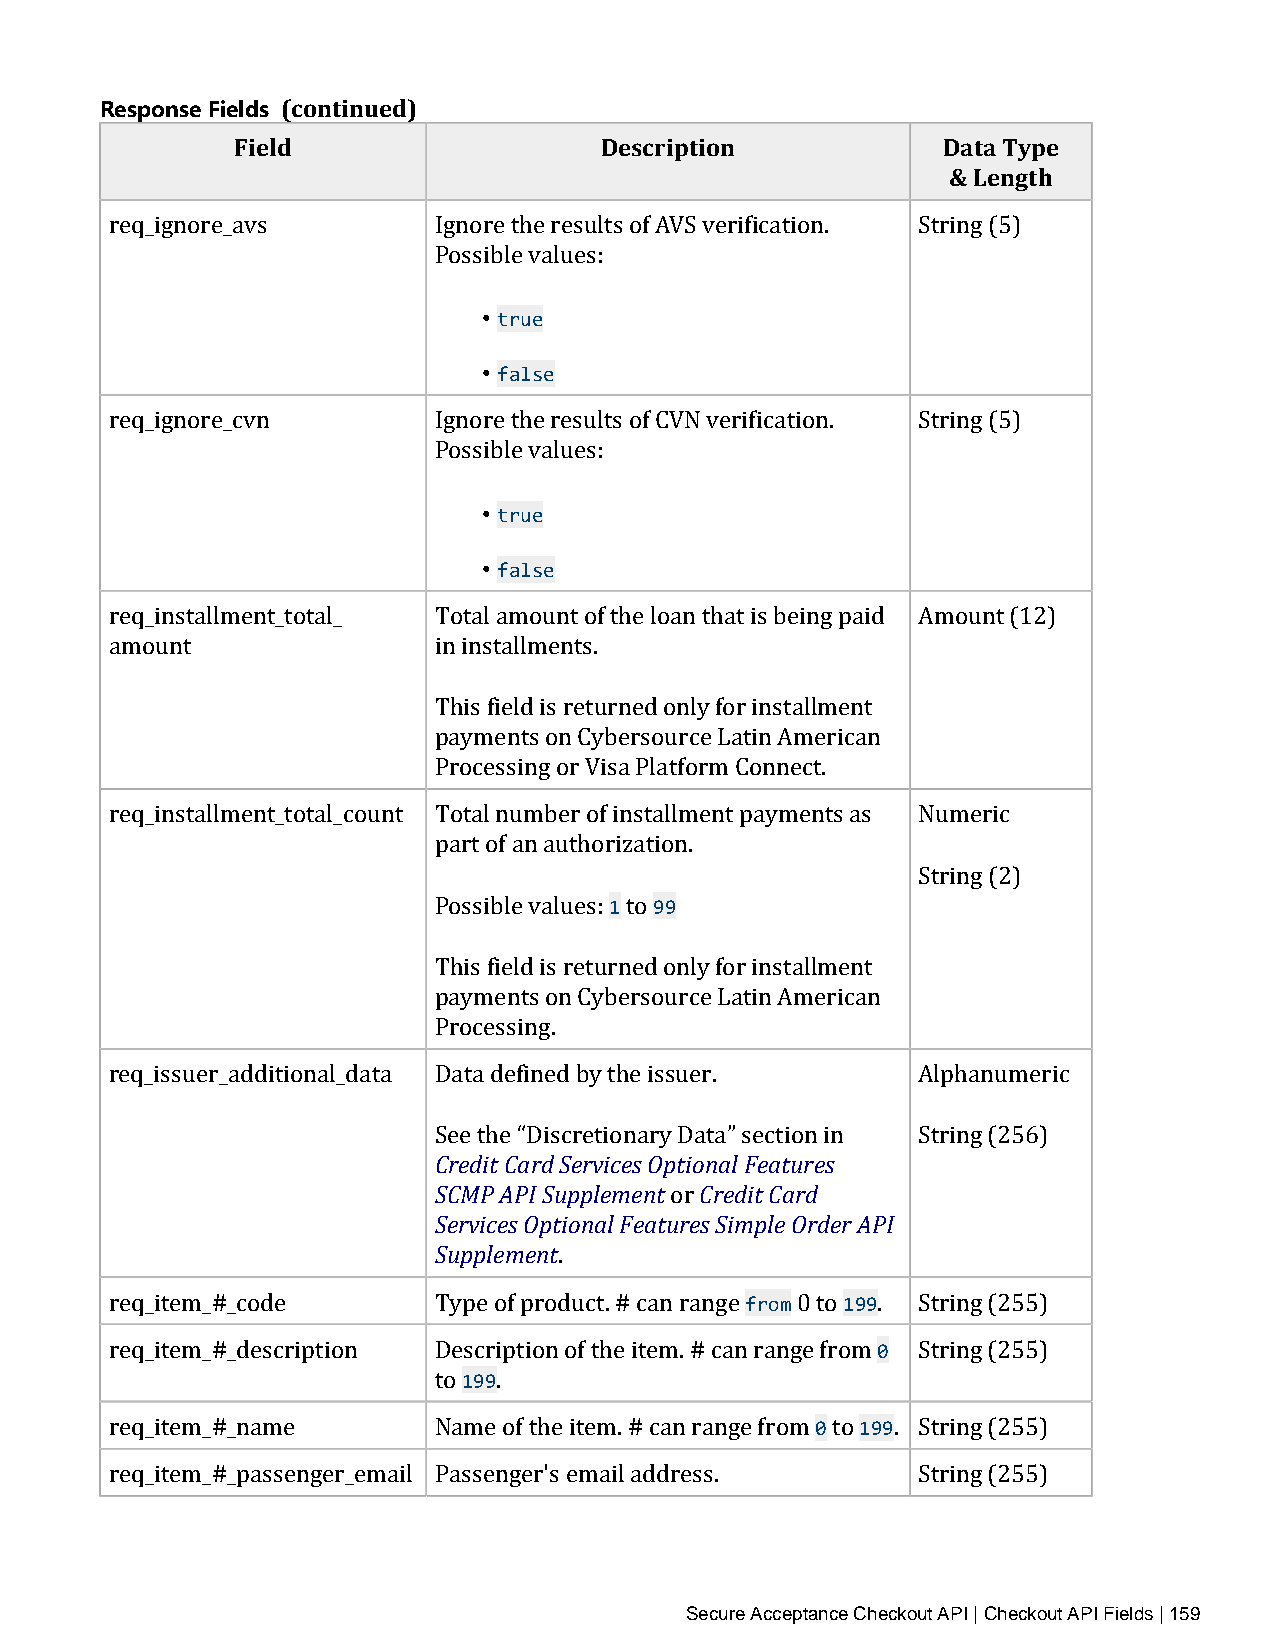
Response Fields (continued)
 Field                   Description           Data Type
 & Length
 req_ignore_avs        Ignore the results of AVS verification. String (5)
 Possible values:
 • true
 • false
 req_ignore_cvn        Ignore the results of CVN verification. String (5)
 Possible values:
 • true
 • false
 req_installment_total_ Total amount of the loan that is being paid Amount (12)
 amount                in installments.
 This field is returned only for installment
 payments on Cybersource Latin American
 Processing or Visa Platform Connect.
 req_installment_total_count Total number of installment payments as Numeric
 part of an authorization.
 1  99
 String (2)
 Possible values: to
 This field is returned only for installment
 payments on Cybersource Latin American
 Processing.
 req_issuer_additional_data Data defined by the issuer. Alphanumeric
 Credit Card Services Optional Features
 SSCeeM tPh eA P“DI Sisucprpelteiomneanrty DaCtrae”d siet cCtaiornd in String (256)
 Services Optional Features Simple Order API
 Supplement     or
 .           from   199
 req_item_#_code       Type of product. # can range 0 to 0. String (255)
 199
 req_item_#_description Description of the item. # can range from String (255)
 to  .                    0  199
 req_item_#_name       Name of the item. # can range from to . String (255)
 req_item_#_passenger_email Passenger's email address. String (255)
 Secure Acceptance Checkout API | Checkout API Fields | 159